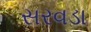
સરવડા